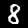
Digit: 8